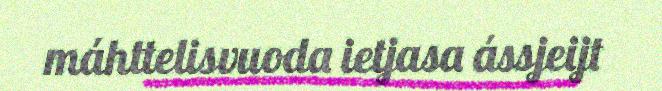
máhttelisvuoda ietjasa ássjeijt